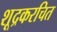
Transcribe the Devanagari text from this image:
शूद्रकरचित